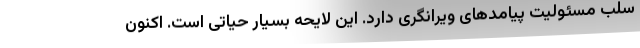
سلب مسئولیت پیامدهای ویرانگری دارد. این لایحه بسیار حیاتی است. اکنون